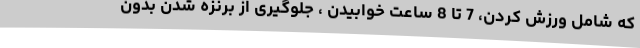
که شامل ورزش کردن، 7 تا 8 ساعت خوابیدن ، جلوگیری از برنزه شدن بدون